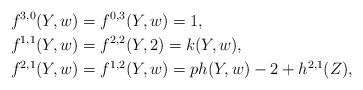
LaTeX: \begin{align*}f^{3,0}(Y,w) & = f^{0,3}(Y,w) = 1,\\ f^{1,1}(Y,w) &= f^{2,2}(Y,2) = k(Y,w),\\ f^{2,1}(Y,w) &= f^{1,2}(Y,w) = ph(Y,w) -2 + h^{2,1}(Z),\end{align*}